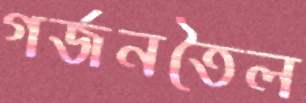
গর্জনতৈল